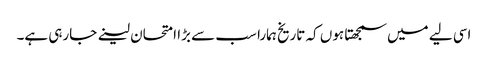
اسی لیے میں سمجھتا ہوں کہ تاریخ ہمارا سب سے بڑا امتحان لینے جارہی ہے۔